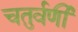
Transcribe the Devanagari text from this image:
चतुर्वर्णी